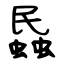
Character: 蟁